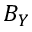
B _ { Y }